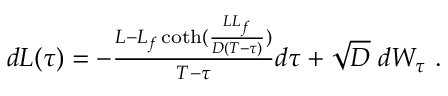
\begin{array} { r } { d L ( \tau ) = - \frac { L - L _ { f } \coth ( \frac { L L _ { f } } { D ( T - \tau ) } ) } { T - \tau } d \tau + \sqrt { D } \; d W _ { \tau } \ . } \end{array}